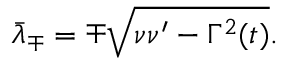
\bar { \lambda } _ { \mp } = \mp \sqrt { \nu \nu ^ { \prime } - \Gamma ^ { 2 } ( t ) } .